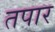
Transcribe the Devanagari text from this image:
तपार